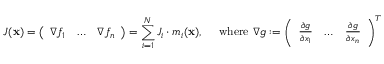
J ( \mathbf { x } ) = \left( \begin{array} { l l l } { \nabla f _ { 1 } } & { \ldots } & { \nabla f _ { n } } \end{array} \right) = \sum _ { i = 1 } ^ { N } J _ { i } \cdot m _ { i } ( \mathbf { x } ) , \quad \mathrm { ~ w h e r e ~ } \nabla g : = \left( \begin{array} { l l l } { \frac { \partial g } { \partial x _ { 1 } } } & { \ldots } & { \frac { \partial g } { \partial x _ { n } } } \end{array} \right) ^ { T }